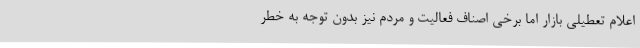
اعلام تعطیلی بازار اما برخی اصناف فعالیت و مردم نیز بدون توجه به خطر